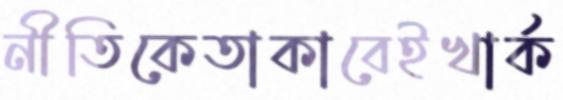
নীতিকেতাকাবেইখার্ক